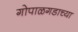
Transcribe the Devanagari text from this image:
गोपाळगडाच्या